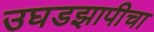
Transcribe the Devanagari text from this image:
उघडझापीचा